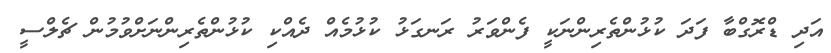
އަދި ޑްރޮގްބާ ފަދަ ކުޅުންތެރިންނަކީ ފެންވަރު ރަނގަޅު ކުޅުމެއް ދެއްކި ކުޅުންތެރިންނަށްވުމުން ޗެލްސީ